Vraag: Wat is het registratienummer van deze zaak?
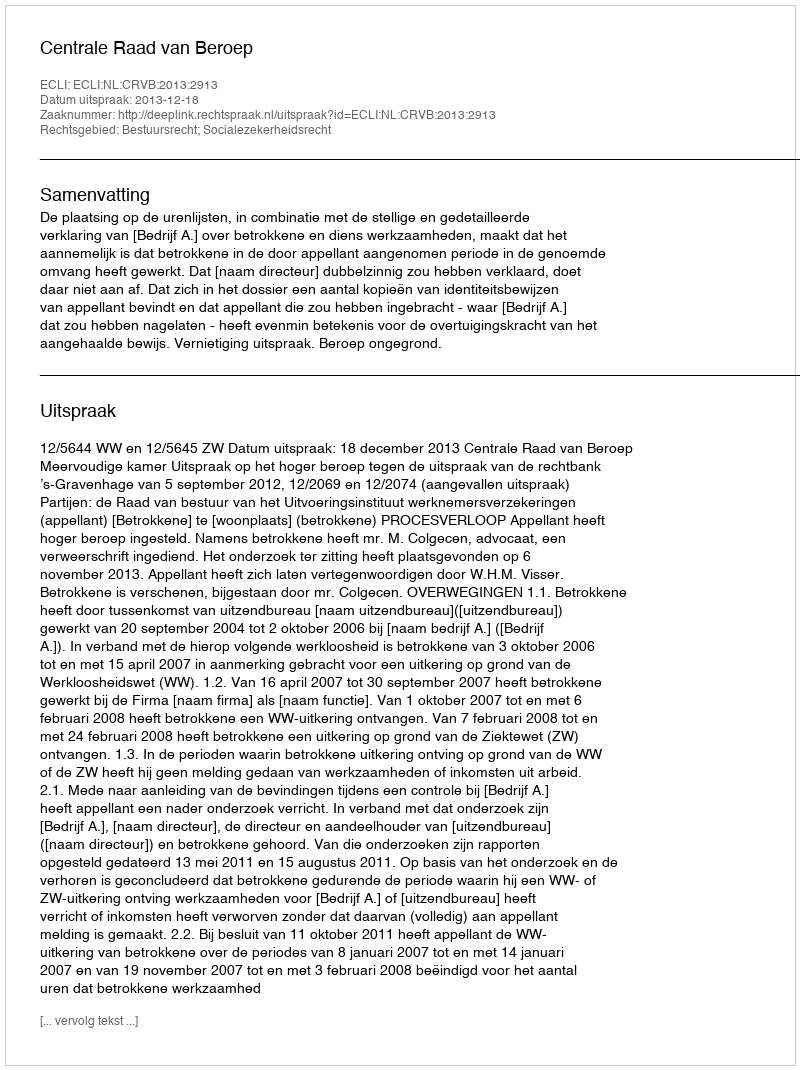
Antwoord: http://deeplink.rechtspraak.nl/uitspraak?id=ECLI:NL:CRVB:2013:2913